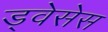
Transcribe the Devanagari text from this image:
ड्वेसेस